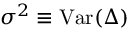
\sigma ^ { 2 } \equiv \mathrm { V a r } ( \Delta )